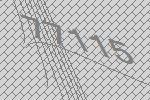
77115